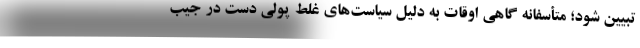
تبیین شود؛ متأسفانه گاهی اوقات به دلیل سیاست‌های غلط پولی دست در جیب